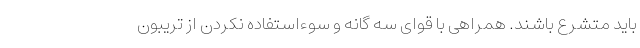
باید متشرع باشند. همراهی با قوای سه گانه و سوءاستفاده نکردن از تریبون